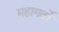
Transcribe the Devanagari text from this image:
महागर्तो